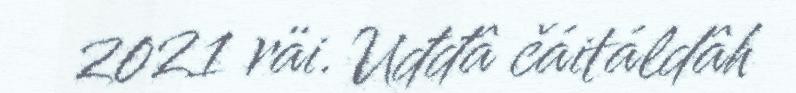
2021 räi. Uđđâ čáitáldâh